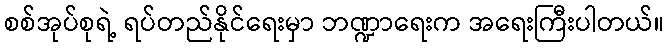
စစ်အုပ်စုရဲ့ ရပ်တည်နိုင်ရေးမှာ ဘဏ္ဍာရေးက အရေးကြီးပါတယ်။